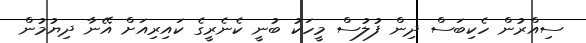
ސިއްރުން ހެކިބަސް ދިން ފުލުސް މީހަކު ބުނީ ކެނެރީގެ ކައިރިއަށް އޭނާ ދިޔުމުން